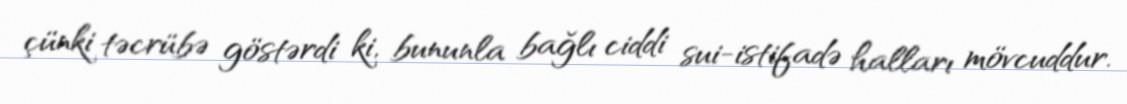
çünki təcrübə göstərdi ki, bununla bağlı ciddi sui-istifadə halları mövcuddur.